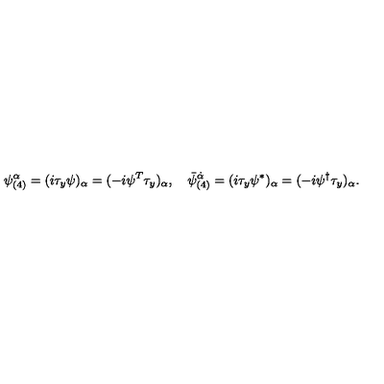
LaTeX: \psi _ { ( 4 ) } ^ { \alpha } = ( i \tau _ { y } \psi ) _ { \alpha } = ( - i \psi ^ { T } \tau _ { y } ) _ { \alpha } , \quad { \bar { \psi } } _ { ( 4 ) } ^ { \dot { \alpha } } = ( i \tau _ { y } \psi ^ { * } ) _ { \alpha } = ( - i \psi ^ { \dagger } \tau _ { y } ) _ { \alpha } .